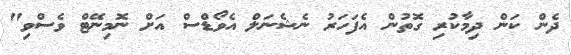
ދެން ކަން ދިމާކުރި ގޮތުން އެފަހަރު ނެޝެނަލް އެވޯޑްސް އަށް ނޮމިނޭޓް ވެސްވި"